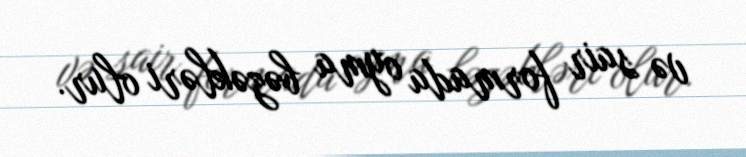
və sair formada oyma bəzəkləri olur.